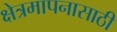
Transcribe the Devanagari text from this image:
क्षेत्रमापनासाठी